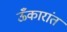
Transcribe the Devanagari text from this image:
ऊँकारांत